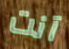
آنت